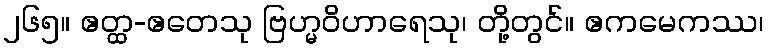
၂၆၅။ ဧတ္ထ-ဧတေသု ဗြဟ္မဝိဟာရေသု၊ တို့တွင်။ ဧကမေကဿ၊